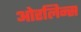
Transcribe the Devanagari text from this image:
ओरलिन्स